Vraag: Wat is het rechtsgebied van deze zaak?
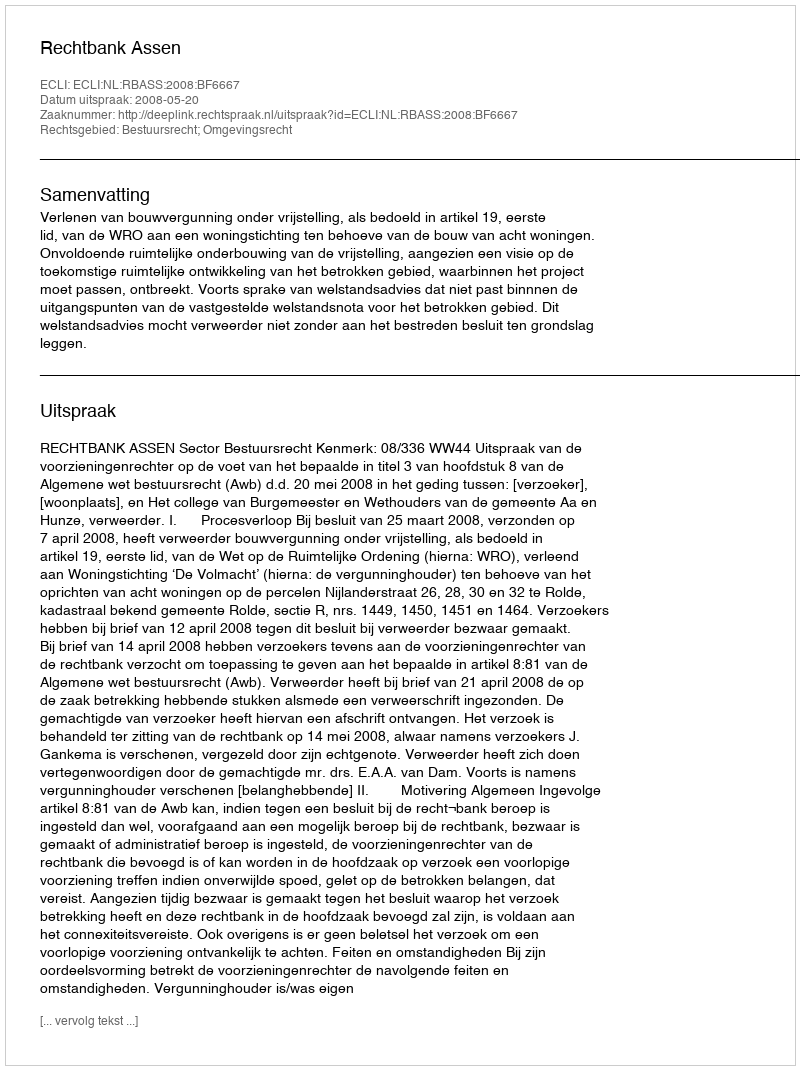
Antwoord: Bestuursrecht; Omgevingsrecht